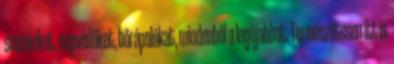
sminkeket, napvédőket, bőrápolókat, mindenből a legújabbat. Természetesen itt is